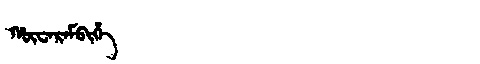
Manchu: ᡥᡡᠸᠠᡵᠠᠮᠪᡳᡥᡝ
Romanization: HŪWARAMBIHE